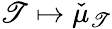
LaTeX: \mathscr{T}\mapsto\check{{\mu}}_{\mathscr{T}}